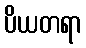
ပိယတရာ